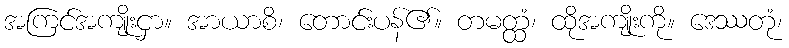
အကြင်အကျိုးငှာ။ အာယာစိ၊ တောင်းပန်၏။ တမတ္ထံ၊ ထိုအကျိုးကို။ ဒေဿတုံ၊